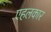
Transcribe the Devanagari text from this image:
एहलकार